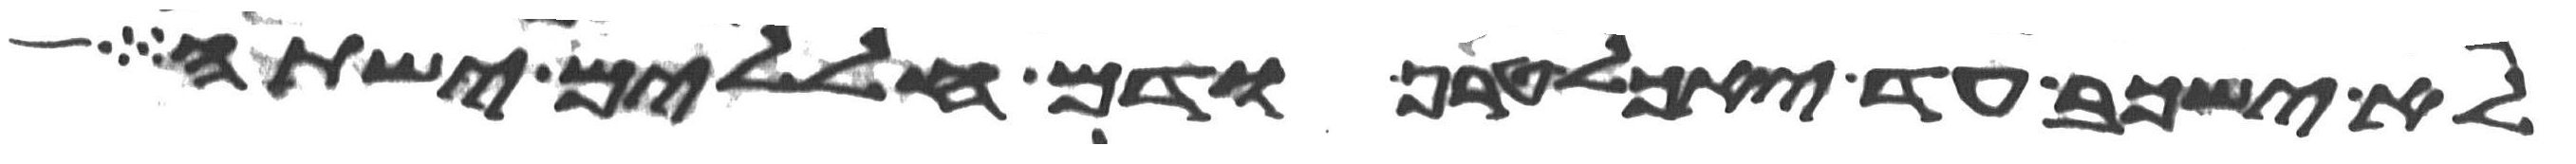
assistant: לא ישכב עד יאכל טרף ודם חללים ישתה